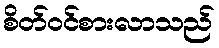
စိတ်ဝင်စားလာသည်